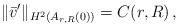
LaTeX: \begin{align*}\|\bar v'\|_{H^2(A_{r,R}(0))}=C(r,R)\,,\end{align*}